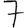
Digit: 7